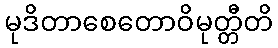
မုဒိတာစေတောဝိမုတ္တီတိ